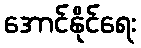
အောင်နိုင်ရေး